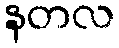
နတလ